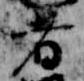
者